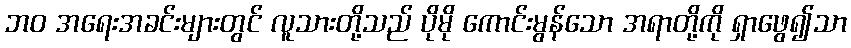
ဘဝ အရေးအခင်းများတွင် လူသားတို့သည် ပိုမို ကောင်းမွန်သော အရာတို့ကို ရှာဖွေ၍သာ